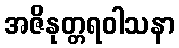
အဇိနုတ္တရဝါသနာ